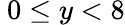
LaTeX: \ 0\leq y<8